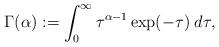
LaTeX: \begin{align*}\Gamma(\alpha):=\int_0^\infty \tau^{\alpha-1}\exp(-\tau)\;d\tau,\end{align*}